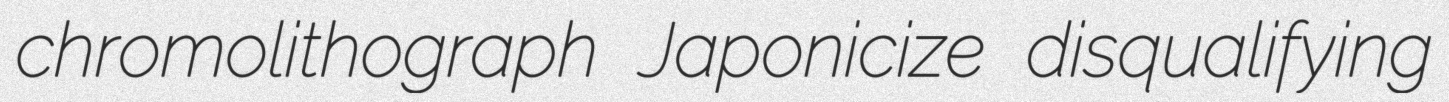
chromolithograph Japonicize disqualifying